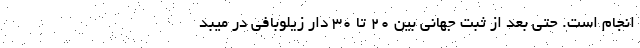
انجام است. حتی بعد از ثبت جهانی بین ۲۰ تا ۳۰ دار زیلوبافی در میبد